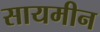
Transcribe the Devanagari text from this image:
सायमीन